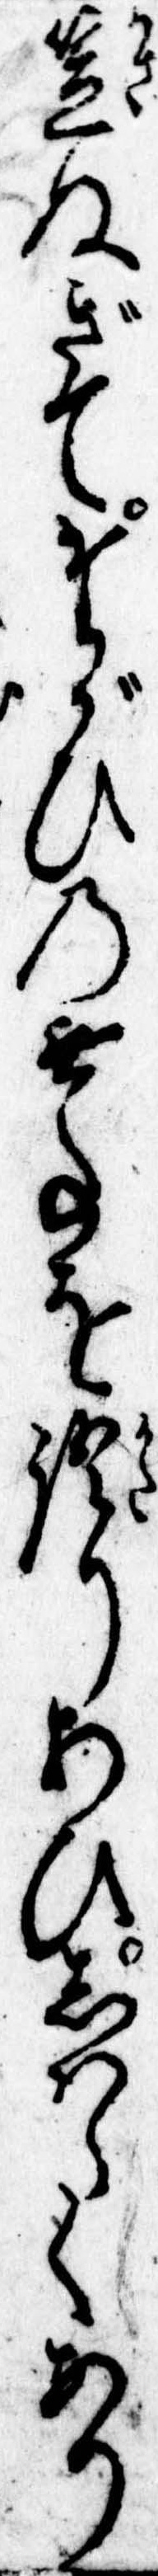
笠ぬぎてたがひの無事を語りあひしはらくあり